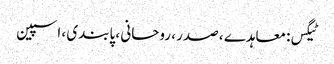
ٹیگس: معاہدے ، صدر ، روحانی ، پابندی ، اسپین